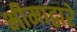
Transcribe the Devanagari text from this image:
भीमाद्वारे